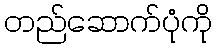
တည်ဆောက်ပုံကို